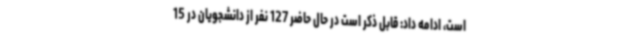
است، ادامه داد: قابل ذکر است در حال حاضر 127 نفر از دانشجویان در 15